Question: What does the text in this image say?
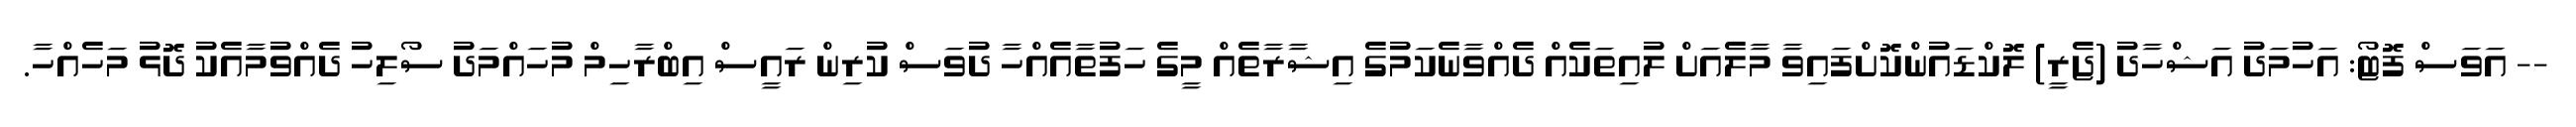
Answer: -- އަވަސް ފޮޓޯ: އަހުމަދު އަޝްހާދު (ޖެރީ) ލޮކްޑައުންކޮށްފައިވާ މާލެއަށް ލުއިތަކެއް ދެއްވާނެކަމުގެ އިޝާރާތެއް މީގެ ހަފުތާއެއްހާ ދުވަސް ކުރިން ރައީސް އިބްރާހިމް މުހައްމަދު ސޯލިހު ދެއްވުމާއެކު ދޮޅު މަހެއްހާ.